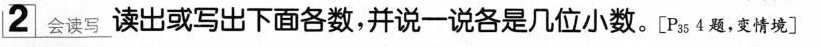
2_{会读写}读出或写出下面各数，并说一说各是几位小数。[Ps4题，变情境]